Indian journal of veterinary science and animal husbandry - Volumes 22-23, 1952-1953
Year: 1952
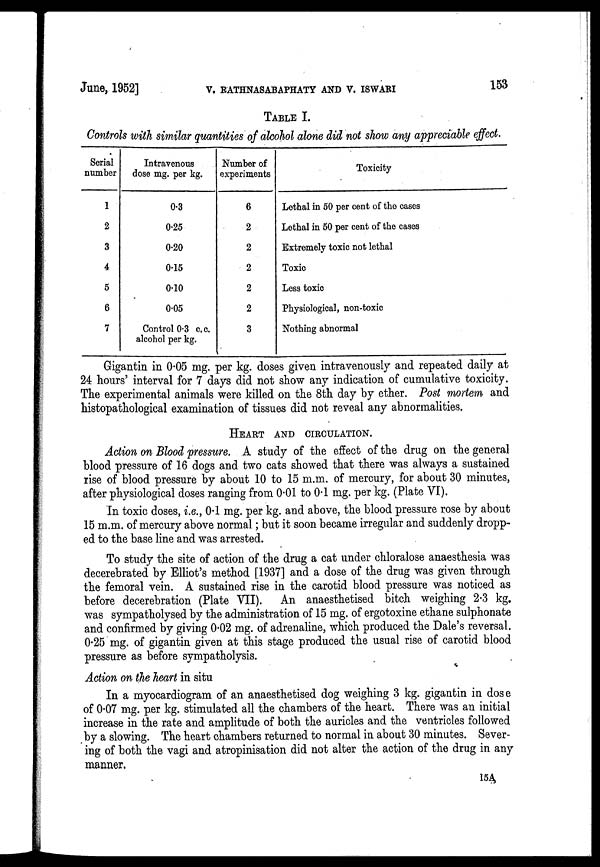
June, 1952]
V.
RATHNASABAPHATY
AND
V.
ISWARI
153
TABLE I.
Controls with similar quantities of alcohol alone did not show any appreciable effect.
Serial
number
1
2
3
4
5
6
7
Intravenous
dose mg. per kg.
0.3
0.25
0.20
0.15
0.10
0.05
Control 0.3 c.c.
alcohol per kg.
Number of
experiments
6
2
2
2
2
2
3
Toxicity
Lethal in 50 per cent of the cases
Lethal in 50 per cent of the cases
Extremely toxic not lethal
Toxic
Less toxic
Physiological, non-toxic
Nothing abnormal
Gigantin in 0.05 mg. per kg. doses given intravenously and repeated daily at
24 hours' interval for 7 days did not show any indication of cumulative toxicity.
The experimental animals were killed on the 8th day by ether. Post mortem and
histopathological examination of tissues did not reveal any abnormalities.
HEART AND CIRCULATION
Action on Blood pressure. A study of the effect of the drug on the general
blood pressure of 16 dogs and two cats showed that there was always a sustained
rise of blood pressure by about 10 to 15 m.m. of mercury, for about 30 minutes,
after physiological doses ranging from 0.01 to 0.1 mg. per kg. (Plate VI).
In toxic doses, i.e., 0.1 mg. per kg. and above, the blood pressure rose by about
15 m.m. of mercury above normal; but it soon became irregular and suddenly dropp-
ed to the base line and was arrested.
To study the site of action of the drug a cat under chloralose anaesthesia was
decerebrated by Elliot's method [1937] and a dose of the drug was given through
the femoral vein. A sustained rise in the carotid blood pressure was noticed as
before decerebration (Plate VII). An anaesthetised bitch weighing 2.3 kg.
was sympatholysed by the administration of 15 mg. of ergotoxine ethane sulphonate
and confirmed by giving 0.02 mg. of adrenaline, which produced the Dale's reversal.
0.25 mg. of gigantin given at this stage produced the usual rise of carotid blood
pressure as before sympatholysis.
Action on the heart in situ
In a myocardiogram of an anaesthetised dog weighing 3 kg. gigantin in dose
of 0.07 mg. per kg. stimulated all the chambers of the heart. There was an initial
increase in the rate and amplitude of both the auricles and the ventricles followed
by a slowing. The heart chambers returned to normal in about 30 minutes. Sever-
ing of both the vagi and atropinisation did not alter the action of the drug in any
manner.
15A